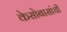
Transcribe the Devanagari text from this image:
केसोबासांची